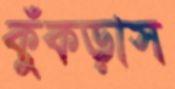
কুঁকড়াস